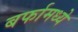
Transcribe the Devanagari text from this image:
बर्फामध्ये